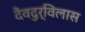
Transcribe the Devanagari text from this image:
दैवदुर्विलास